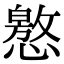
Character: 㦘